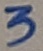
Text: 3